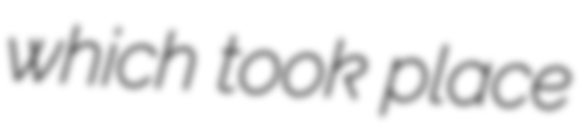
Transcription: which took place